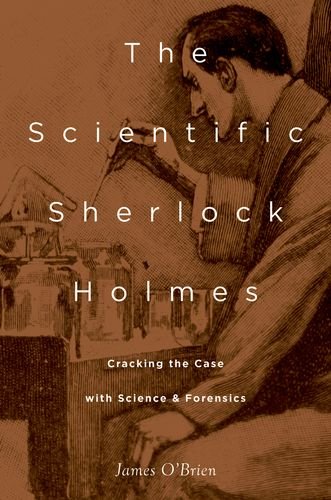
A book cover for The Scientific Sherlock Holmes: Cracking the Case with Science and Forensics; James O'Brien; Mystery, Thriller & Suspense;